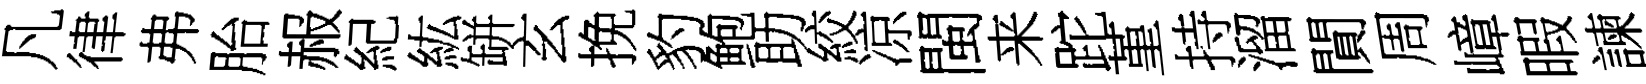
凡律弗胎赧紀紘缾玄挽豹鲍助絞凉閩来跎堇持溜閴周嶂暇諫